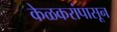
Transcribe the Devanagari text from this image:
केळकरांपासून